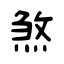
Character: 煞